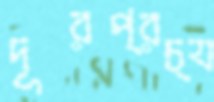
দূরপ্রচ্য